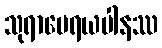
သုရာမေရယပါနဿ